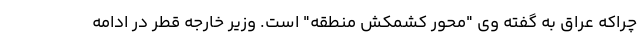
چراکه عراق به گفته وی "محور کشمکش منطقه" است. وزیر خارجه قطر در ادامه